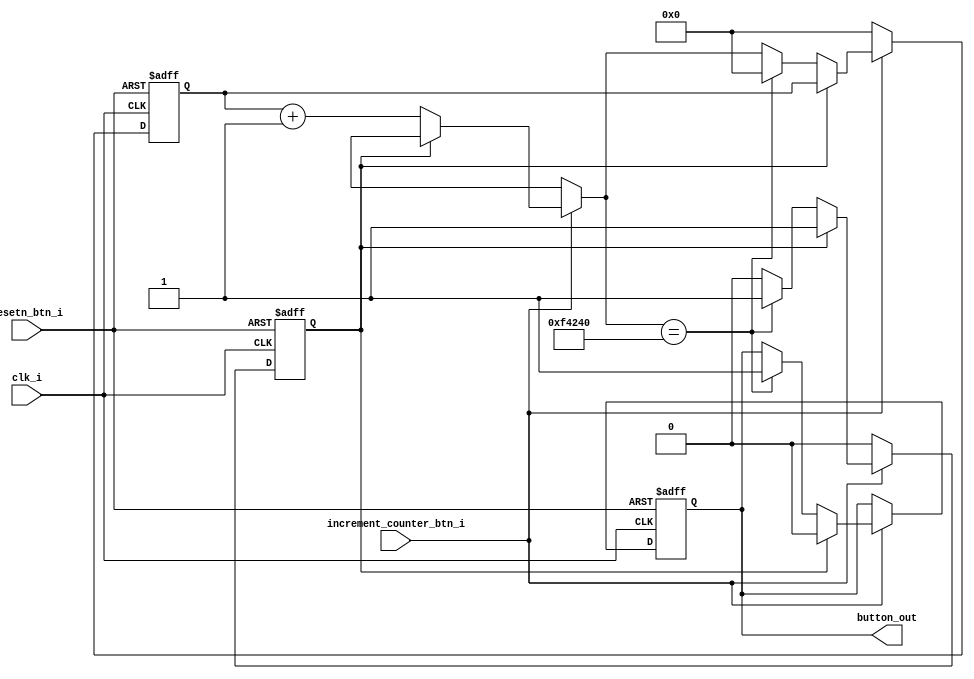
`timescale 1ns / 1ps

module debouncer (
    input wire clk_i,
    input wire resetn_btn_i,
    input wire increment_counter_btn_i,
    output reg button_out
);

    reg deb_count_start;
    reg output_exist;
    reg [19:0] deb_count;
    always @ (posedge clk_i or negedge resetn_btn_i) begin
        if (!resetn_btn_i) begin
            button_out <= 0;
            deb_count_start <= 0;
            deb_count <= 0;
            output_exist <= 0;
        end else begin
            if (increment_counter_btn_i == 1) begin
                if (output_exist == 0) begin
                    if (deb_count_start == 0) begin
                        deb_count_start <= 1;
                        deb_count = deb_count + 1'b1;
                    end else
                        deb_count = deb_count + 1'b1;
                        if (deb_count == 1000000) begin
                            button_out <= 1;
                            deb_count_start <= 0;
                            deb_count <= 0;
                            output_exist <= 1;
                        end
                end else
                    button_out <= 0;
            end else begin
                deb_count_start <= 0;
                deb_count <= 0;
                output_exist <= 0;
            end
         end
     end
                        
endmodule